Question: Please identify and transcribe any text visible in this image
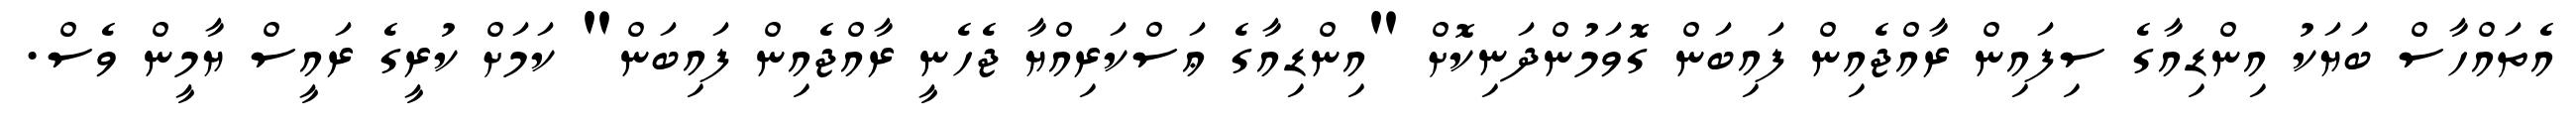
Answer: އެތައްހާސް ބަޔަކު އިންޑިއާގެ ސިފައިން ރާއްޖެއިން ފައިބަން ގޮވަމުންދަނިކޮށް "އިންޑިއާގެ ޢަސްކަރިއްޔާ ޖެހެނީ ރާއްޖެއިން ފައިބަން" ކަމަށް ކުރީގެ ރައީސް ޔާމީން ވެސް.